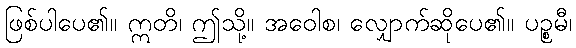
ဖြစ်ပါပေ၏။ ဣတိ၊ ဤသို့။ အဝေါစ၊ လျှောက်ဆိုပေ၏။ ပဉ္စမီ၊